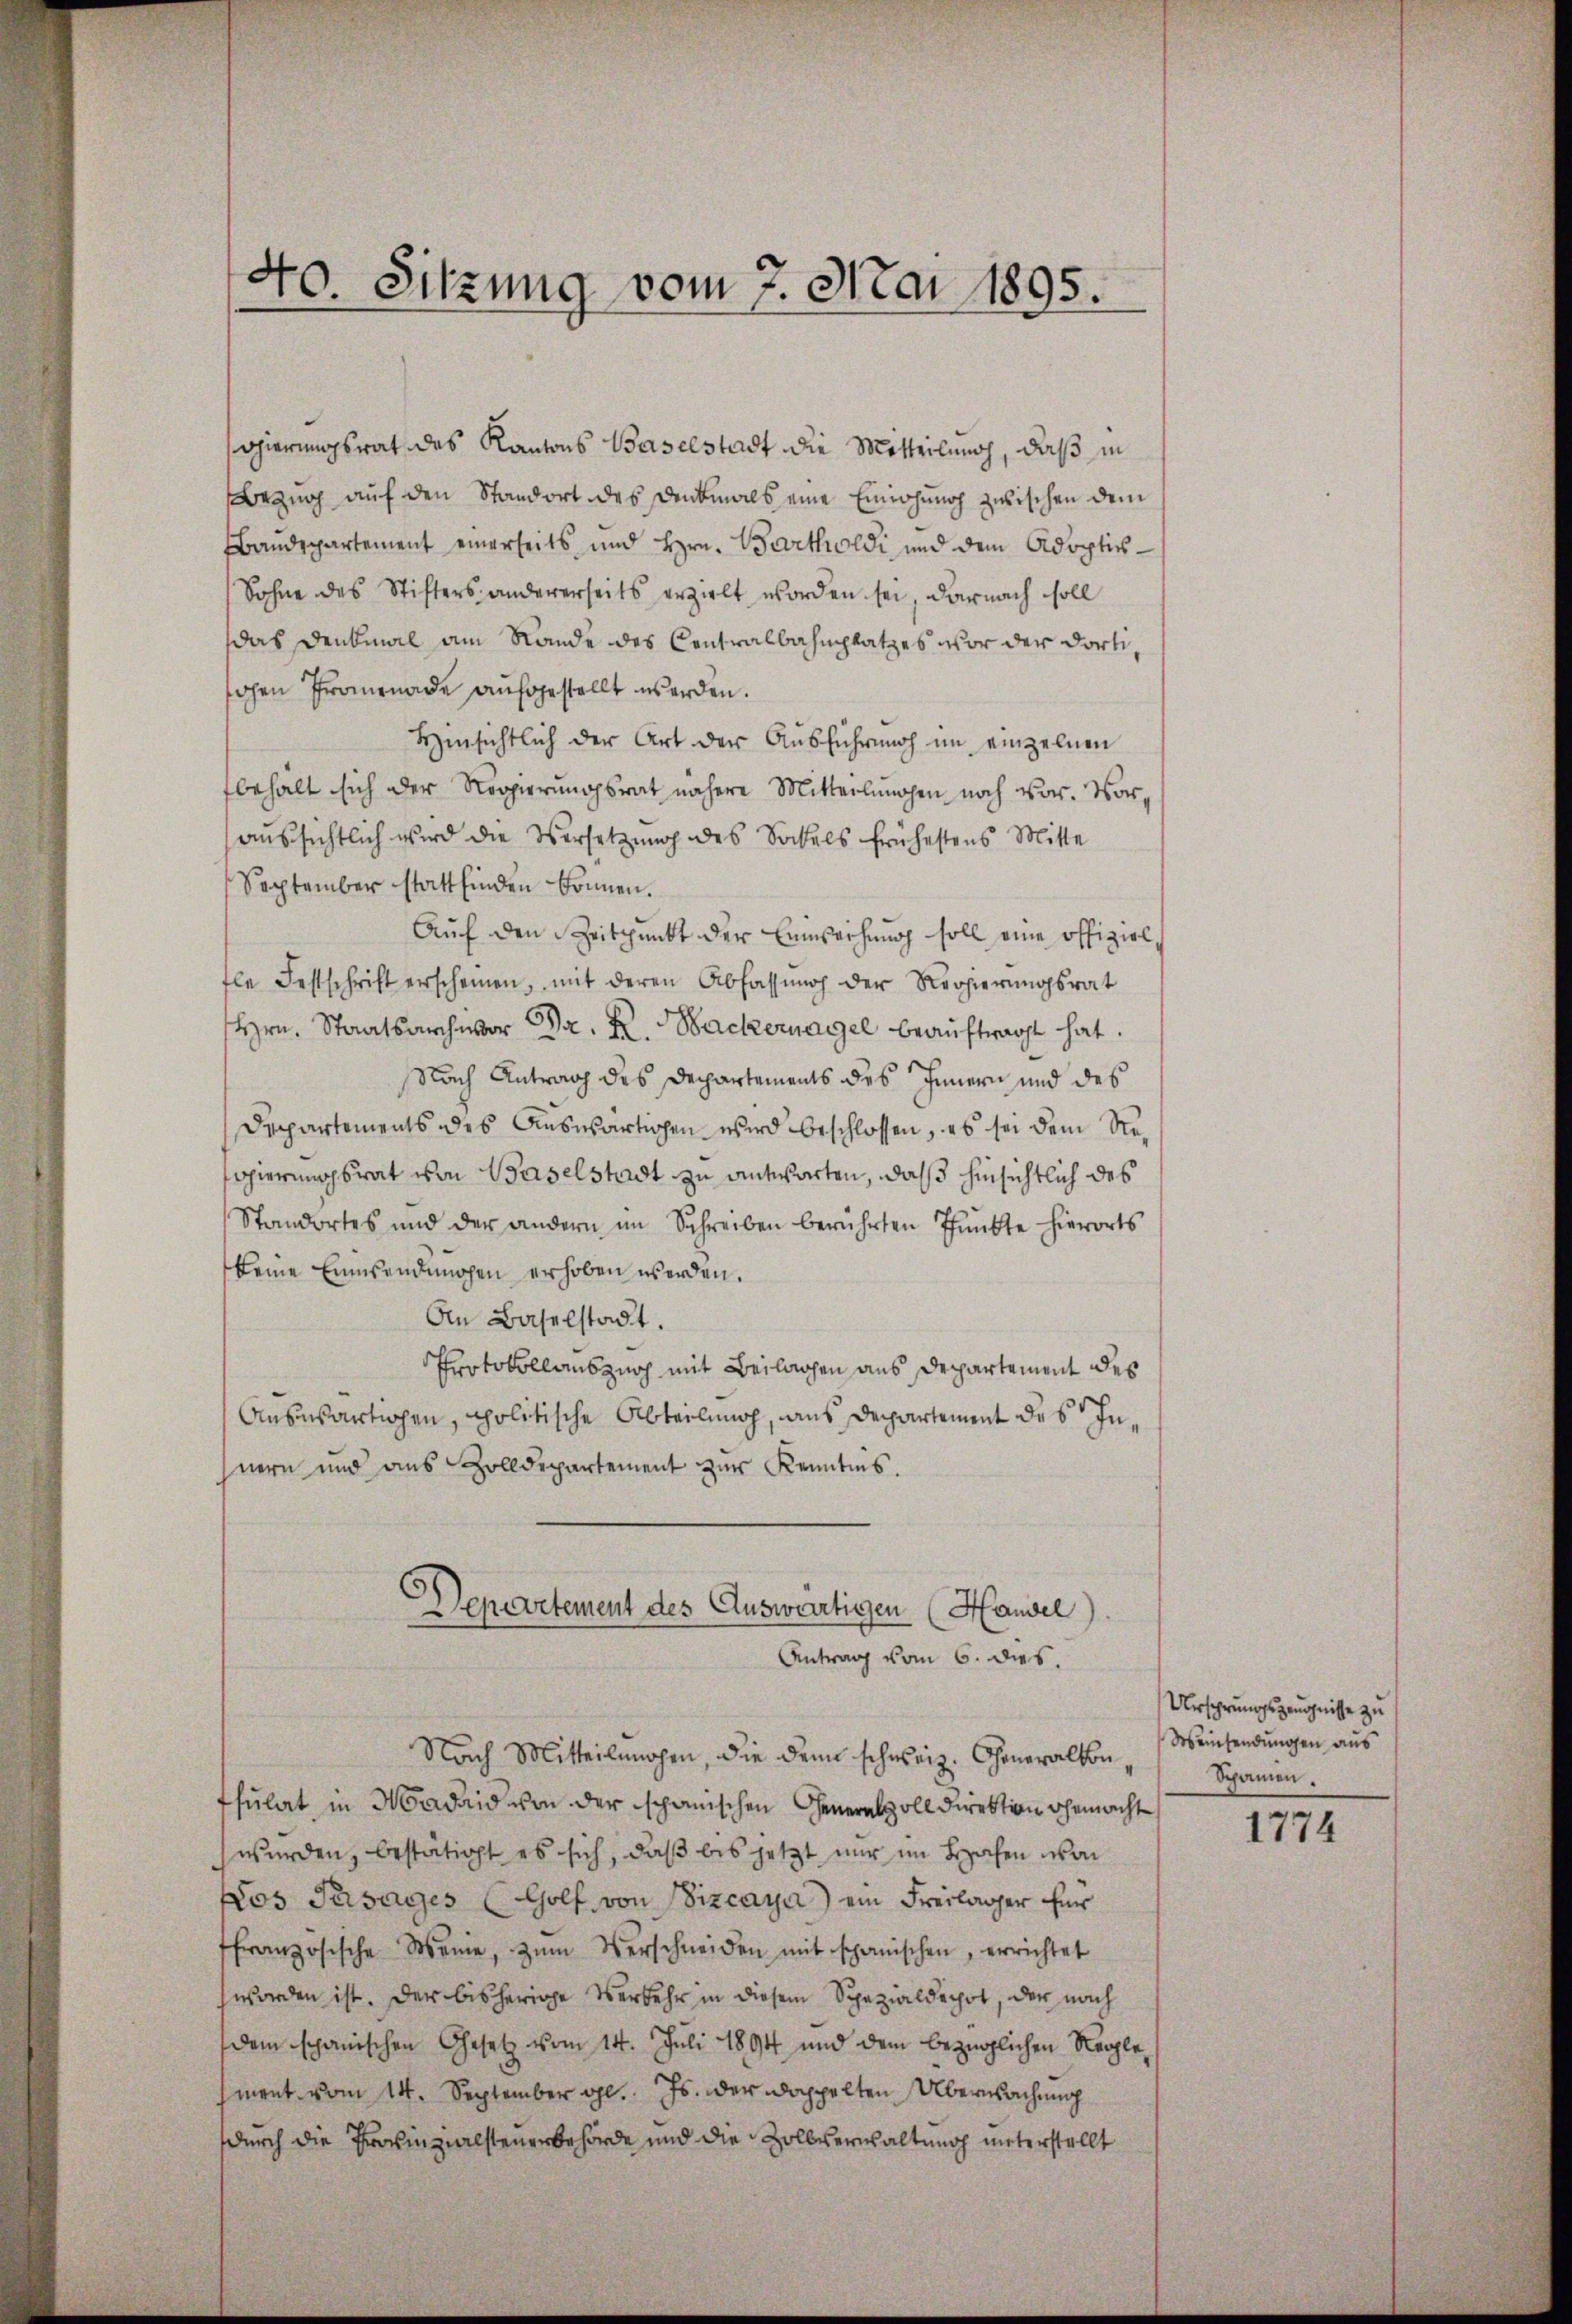
40. Sitzung vom 7. Mai 1895.

gierungsrat des Kantons Baselstadt die Mitteilung, daß in
Bezug auf den Standort des Denkmals eine Einwohung zwischen dem
Baudepartement einerseits und Hrn. Bartholdi und dem Adoptis¬
Sohne des Stifters andererseits erzielt worden sei, darnach soll
das Denkmal am Rande des Centralbahnplatzes vor der dortihohen Promenade aufgestellt werden.
Hinsichtlich der Art der Ausführung im einzelnen
behält sich der Regierungsrat nähere Mitterlangen noch vor. Voraussichtlich wird die Versetzung des Sockels frühestens Mitte
September stattfinden können.
Auf den Zeitpunkt der Einsachung soll eine offiziel
fle Festschrift erscheinen, mit deren Abfassŭng der Regierŭngsrat
Hrn. Staatsarchivor Dr. K. Wackernagel beauftragt hat.
Nach Antrag des Departements des Innern und des
Departements des Auswärtigen wird beschlossen, es sei dem Reogierungsrat von Baselstadt zu antworten, daß hinsichtlich des
Standortes und der andern im Schreiben berührten Pŭnkte hierorts
keine Einsendungen erhoben werden.
An Baselstadt.
Protokollauszug mit Beilagen aus Departement des
Auswärtigen, politische Abteilung, aus Departement des Inhnern und aus Zolldepartement zur Kenntnis.
Departement des Auswärtigen (Hausel).
Antrag vom 6. dies.
Nach Mitteilnahen, die den schweiz. Generalkon,
tsulat in Madrid von der schanischen Generalvoll direktion gemacht
wurden, bestätigt es sich, daß bis jetzt nur im Bachen von
Pos Tusages (Colf von Sizcaya) ein Freilager für
ffranzösische Meine, zŭm Verschneiden mit spanischen, errichtet
worden ist. Der bisherige Verkehr in diesem Spezialdechot, der nach
dem schanischen Gesetz vom 14. Juli 1894 und dem bezüglichen Neglement vom 14. September gl. Js. der doppelten Überwachung
durch die Provinzialsteuerbehörde und die Zollverwaltung unterstellt

Ursprungszeugnisse zu
Weinsendungen aus
Spanien.

1774